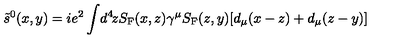
\tilde { s } ^ { 0 } ( x , y ) = i e ^ { 2 } \int \! d ^ { 4 } \! z S _ { \mathrm { F } } ( x , z ) \gamma ^ { \mu } S _ { \mathrm { F } } ( z , y ) [ d _ { \mu } ( x - z ) + d _ { \mu } ( z - y ) ]